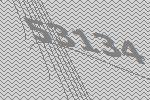
53134